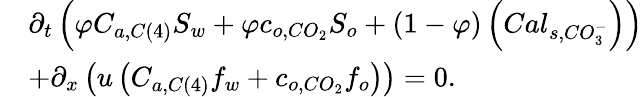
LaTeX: \begin{array}{rl}&{\partial_{t}\left(\varphi C_{a,C\left(4\right)}S_{w}+\varphi c_{o,CO_{2}}S_{o}+\left(1-\varphi\right)\left(Cal_{s,CO_{3}^{-}}\right)\right)}\\ &{+\partial_{x}\left(u\left(C_{a,C\left(4\right)}f_{w}+c_{o,CO_{2}}f_{o}\right)\right)=0.}\end{array}